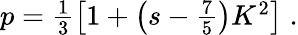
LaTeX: \begin{array}{r}{p=\frac{1}{3}\left[1+\left(s-\frac{7}{5}\right)K^{2}\right]\; .}\end{array}